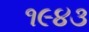
૧૯૪૩